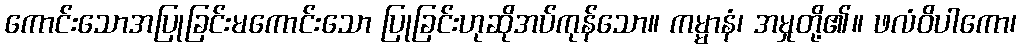
ကောင်းသောအပြုခြင်းမကောင်းသော ပြုခြင်းဟုဆိုအပ်ကုန်သော။ ကမ္မာနံ၊ အမှုတို့၏။ ဖလံဝိပါကော၊